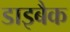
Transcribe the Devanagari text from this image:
डाइबैक